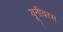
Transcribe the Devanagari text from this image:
यूनीवरस